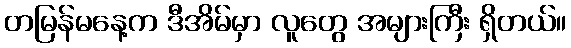
တမြန်မနေ့က ဒီအိမ်မှာ လူတွေ အများကြီး ရှိတယ်။